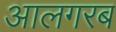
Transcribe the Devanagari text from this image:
आलगरब